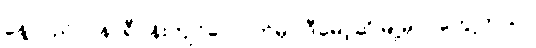
နေ့လည် ၁ နာရီဝန်းကျင်လောက်မှာ ဒီမော့ဆိုမြို့မှာပဲတွေ့တယ်။